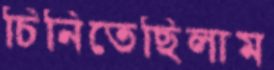
চিনিতেছিলাম